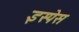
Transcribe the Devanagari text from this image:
इस्पेस